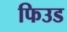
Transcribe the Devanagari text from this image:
फिउड